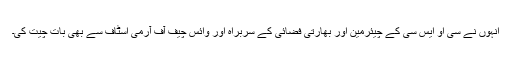
انہوں نے سی او ایس سی کے چیئرمین اور بھارتی فضائی کے سربراہ اور وائس چیف آف آرمی اسٹاف سے بھی بات چیت کی۔